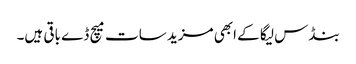
بنڈس لیگا کے ابھی مزید سات میچ ڈے باقی ہیں۔